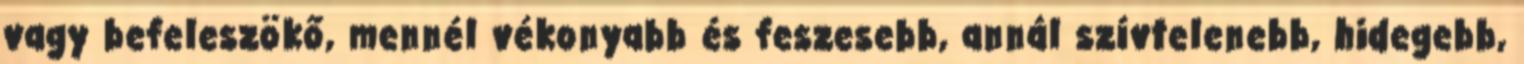
vagy befeleszökő, mennél vékonyabb és feszesebb, annál szívtelenebb, hidegebb,